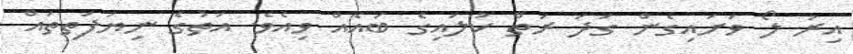
އިރު ލޯ ވަށައިގެން ގަދަ ރަތް ކުލައިގެ ބައެއް ވިއެވެ. އަތުގެ ނިޔަފަތިތައް